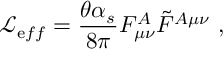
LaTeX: { \mathcal L } _ { { \mathrm e f f } } = \frac { \theta \alpha _ { s } } { 8 \pi } F _ { \mu \nu } ^ { A } \tilde { F } ^ { A \mu \nu } ~ ,